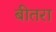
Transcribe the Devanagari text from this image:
बीतरा